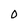
Character: O